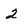
Character: 2